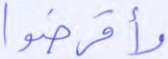
وأقرضوا